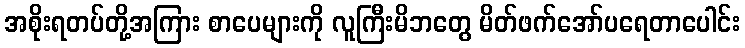
အစိုးရတပ်တို့အကြား စာပေများကို လူကြီးမိဘတွေ မိတ်ဖက်အော်ပရေတာပေါင်း